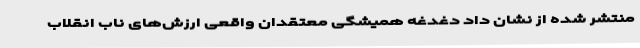
منتشر شده از نشان داد دغدغه همیشگی معتقدان واقعی ارزش‌های ناب انقلاب